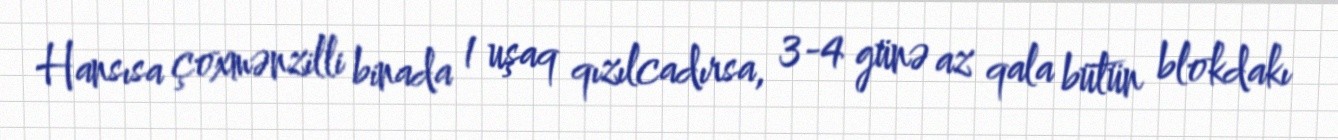
Hansısa çoxmənzilli binada 1 uşaq qızılcadırsa, 3-4 günə az qala bütün blokdakı